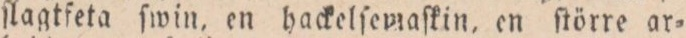
ſlagtſeta ſwin, en hackelſemaſkin, en ſtörre ar=